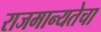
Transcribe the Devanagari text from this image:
राजमान्यतेचा